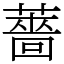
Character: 薔